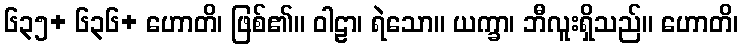
၆၃၅+ ၆၃၆+ ဟောတိ၊ ဖြစ်၏။ ဝါဠာ၊ ရဲသော။ ယက္ခာ၊ ဘီလူးရှိသည်။ ဟောတိ၊